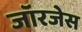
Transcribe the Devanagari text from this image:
जॉरजेस